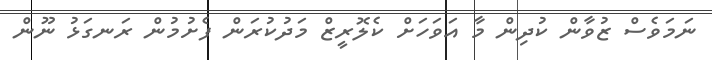
ނަމަވެސް ޒުވާން ކުދިން މާ އަވަހަށް ކެލޮރީޒް މަދުކުރަން ފެށުމުން ރަނގަޅު ނޫން